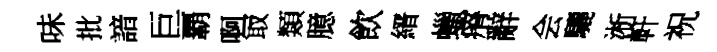
味批諳巨覇啊冣類臆飲縉蠟瘠辭会驪淅軒祝